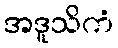
အဒူသိကံ